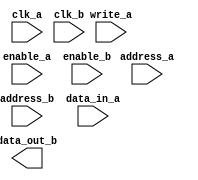
module DUAL_PORT_RAM (
    input clk_a, clk_b, enable_a, write_a, enable_b,
    input [15:0] address_a, address_b,
    input [7:0] data_in_a,
    output [7:0] data_out_b
);

    reg [15:0] ram [1023:0];
    reg [7:0] data_b;

    always @(posedge clk_a)
    begin
        if (enable_a)
        begin   
            if (write_a)
            begin
                ram[address_a] <= data_in_a;
            end
        end
    end

    always @(posedge clk_b)
    begin
        if (enable_b)
        begin
            data_b <= ram[address_b];
        end
    end

endmodule